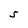
Character: S